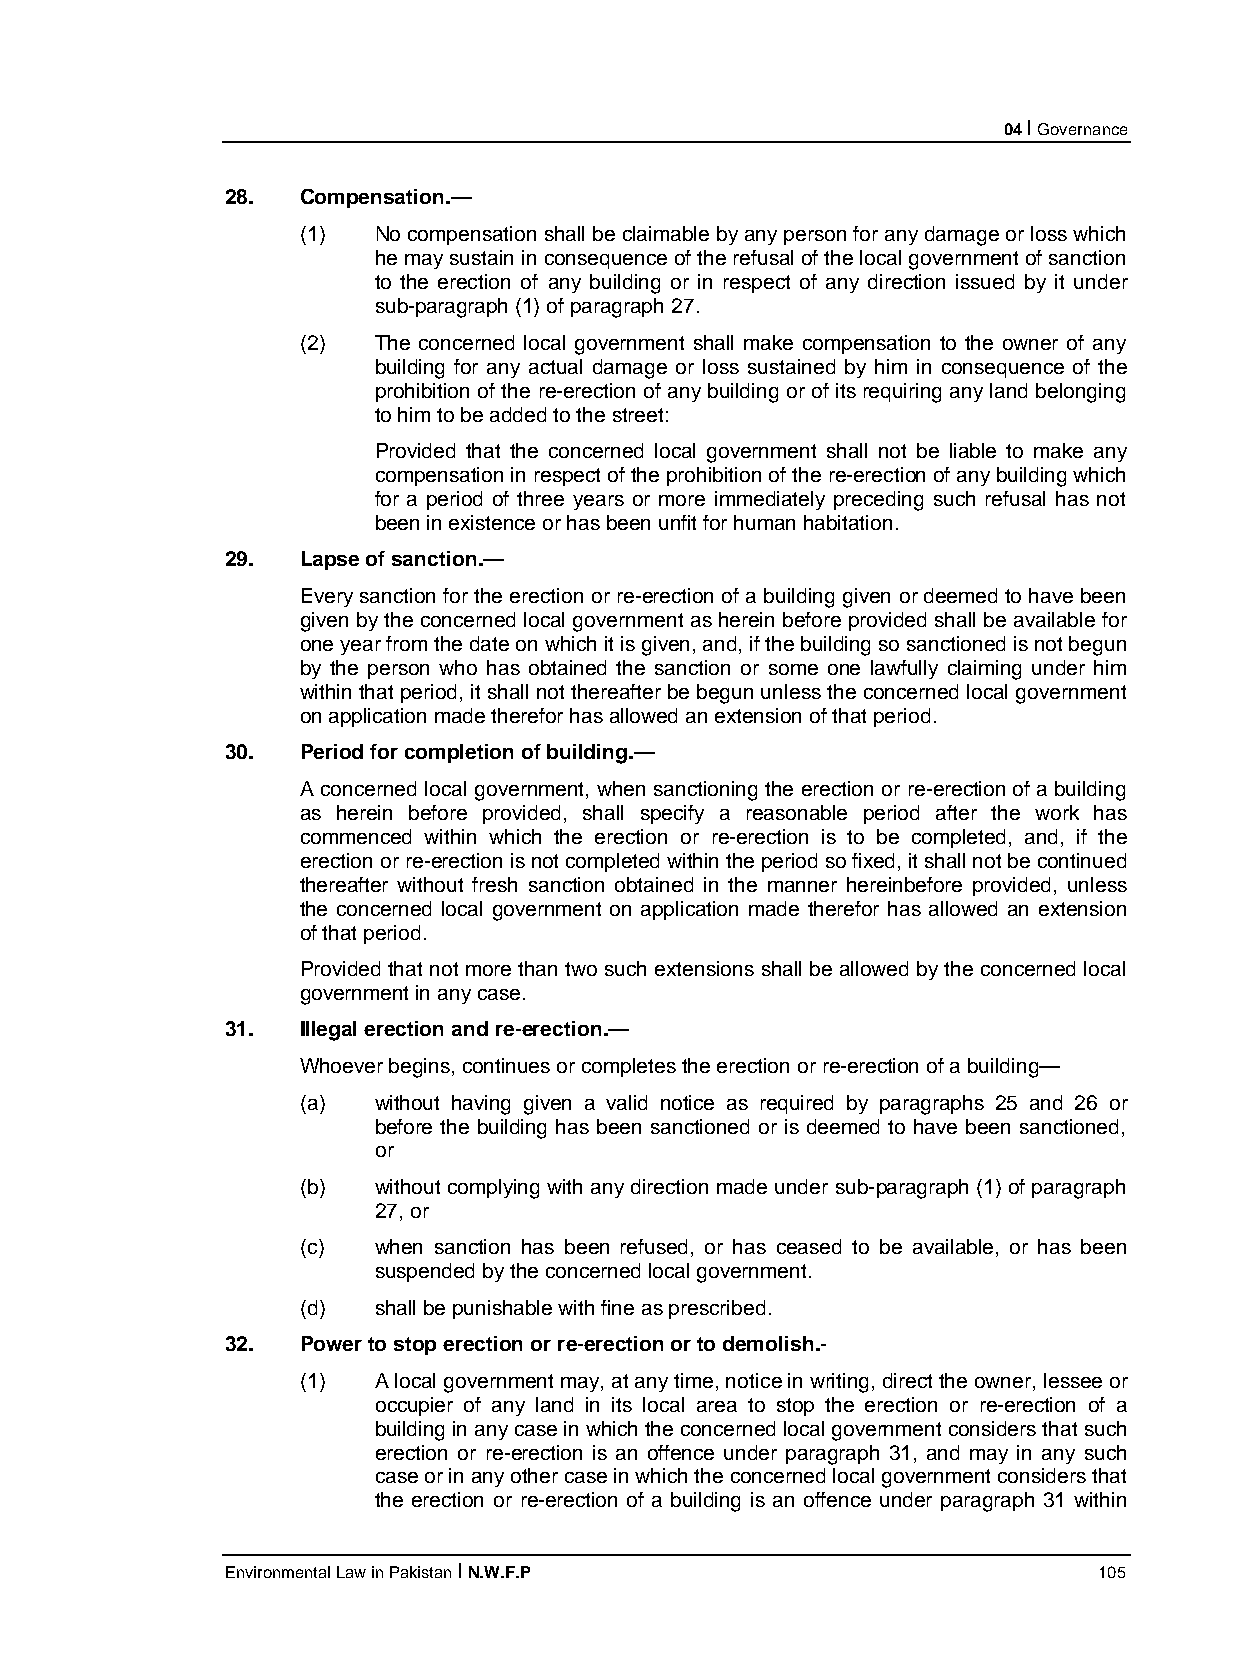
04 I Governance
 28.  Compensation.—
 (1)  No compensation shall be claimable by any person for any damage or loss which
 he may sustain in consequence of the refusal of the local government of sanction
 to the erection of any building or in respect of any direction issued by it under
 sub-paragraph (1) of paragraph 27.
 (2)  The concerned local government shall make compensation to the owner of any
 building for any actual damage or loss sustained by him in consequence of the
 prohibition of the re-erection of any building or of its requiring any land belonging
 to him to be added to the street:
 Provided that the concerned local government shall not be liable to make any
 compensation in respect of the prohibition of the re-erection of any building which
 for a period of three years or more immediately preceding such refusal has not
 been in existence or has been unfit for human habitation.
 29.  Lapse of sanction.—
 Every sanction for the erection or re-erection of a building given or deemed to have been
 given by the concerned local government as herein before provided shall be available for
 one year from the date on which it is given, and, if the building so sanctioned is not begun
 by the person who has obtained the sanction or some one lawfully claiming under him
 within that period, it shall not thereafter be begun unless the concerned local government
 on application made therefor has allowed an extension of that period.
 30.  Period for completion of building.—
 A concerned local government, when sanctioning the erection or re-erection of a building
 as herein before provided, shall specify a reasonable period after the work has
 commenced within which the erection or re-erection is to be completed, and, if the
 erection or re-erection is not completed within the period so fixed, it shall not be continued
 thereafter without fresh sanction obtained in the manner hereinbefore provided, unless
 the concerned local government on application made therefor has allowed an extension
 of that period.
 Provided that not more than two such extensions shall be allowed by the concerned local
 government in any case.
 31.  Illegal erection and re-erection.—
 Whoever begins, continues or completes the erection or re-erection of a building—
 (a)  without having given a valid notice as required by paragraphs 25 and 26 or
 before the building has been sanctioned or is deemed to have been sanctioned,
 or
 (b)  without complying with any direction made under sub-paragraph (1) of paragraph
 27, or
 (c)  when sanction has been refused, or has ceased to be available, or has been
 suspended by the concerned local government.
 (d)  shall be punishable with fine as prescribed.
 32.  Power to stop erection or re-erection or to demolish.-
 (1)  A local government may, at any time, notice in writing, direct the owner, lessee or
 occupier of any land in its local area to stop the erection or re-erection of a
 building in any case in which the concerned local government considers that such
 erection or re-erection is an offence under paragraph 31, and may in any such
 case or in any other case in which the concerned local government considers that
 the erection or re-erection of a building is an offence under paragraph 31 within
 Environmental Law in Pakistan I N.W.F.P                   105